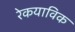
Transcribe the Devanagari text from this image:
रेकयाविक